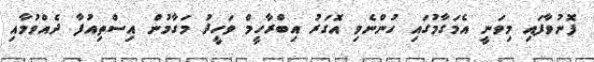
ފޮނުވާފައި މިވަނީ އެމަގާމުގައި ހުންނެވި އޮގަރު އިބްރާހީމް ވަހީދު މަގާމުން އިސްތިއުފާ ދެއްވުމާއި